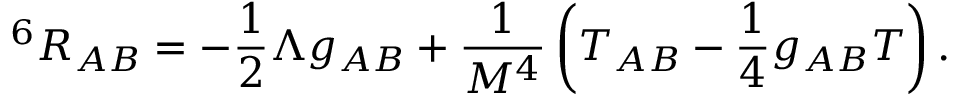
^ 6 R _ { A B } = - \frac { 1 } { 2 } \Lambda g _ { A B } + \frac { 1 } { M ^ { 4 } } \left( T _ { A B } - \frac { 1 } { 4 } g _ { A B } T \right) .